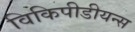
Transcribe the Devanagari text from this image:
विकिपीडीयन्स